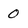
Character: 0